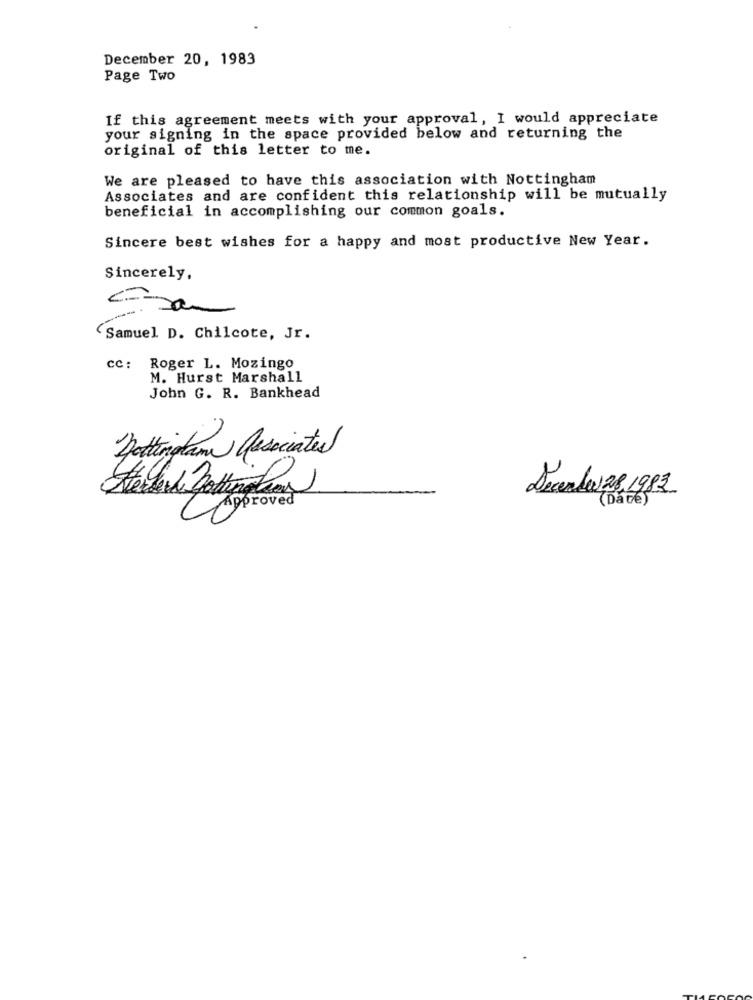
December 20, 1983
Page Two
If this agreement meets with your approval, I would appreciate
your signing in the space provided below and returning the
original of this letter to me.
We are pleased to have this association with Nottingham
Associates and are confident this relationship will be mutually
beneficial in accomplishing our common goals.
Sincere best wishes for a happy and most productive New Year.
Sincerely,
(Samuel D. Chilcote, Jr.
cc: Roger L. Mozingo
M. Hurst Marshall
John G. R. Bankhead
Nottingham associates
Seconde 28.1982
Approved
(Da ve)